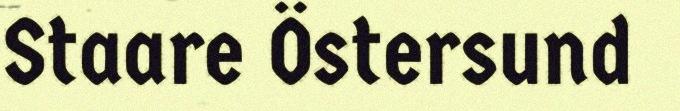
Staare Östersund